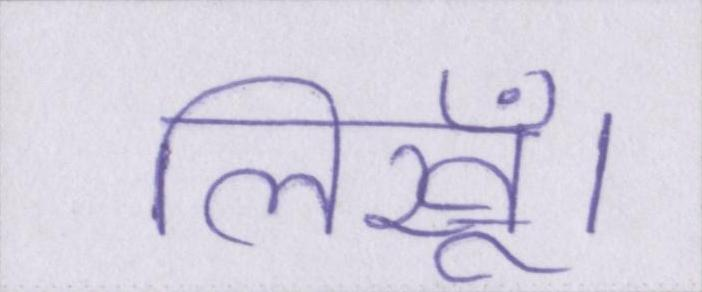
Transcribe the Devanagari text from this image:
लिखूँ।